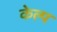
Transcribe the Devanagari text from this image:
केल्प